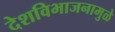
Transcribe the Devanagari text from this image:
देशविभाजनामुळे